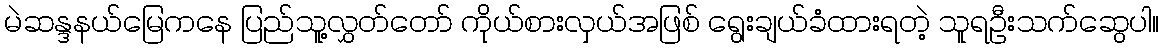
မဲဆန္ဒနယ်မြေကနေ ပြည်သူ့လွှတ်တော် ကိုယ်စားလှယ်အဖြစ် ရွေးချယ်ခံထားရတဲ့ သူရဦးသက်ဆွေပါ။